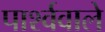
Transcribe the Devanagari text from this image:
पार्श्ववाले